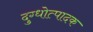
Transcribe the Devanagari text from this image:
दुग्धोत्पादक